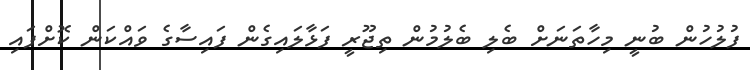
ފުލުހުން ބުނީ މިހާތަނަށް ބެލި ބެލުމުން ތިޖޫރީ ފަޅާލައިގެން ފައިސާގެ ވައްކަން ކޮށްފައި